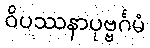
ဝိပဿနာပုဗ္ဗင်္ဂမံ